Annual administration report of the Civil Veterinary Department of India - 1896-1897
Year: 1896
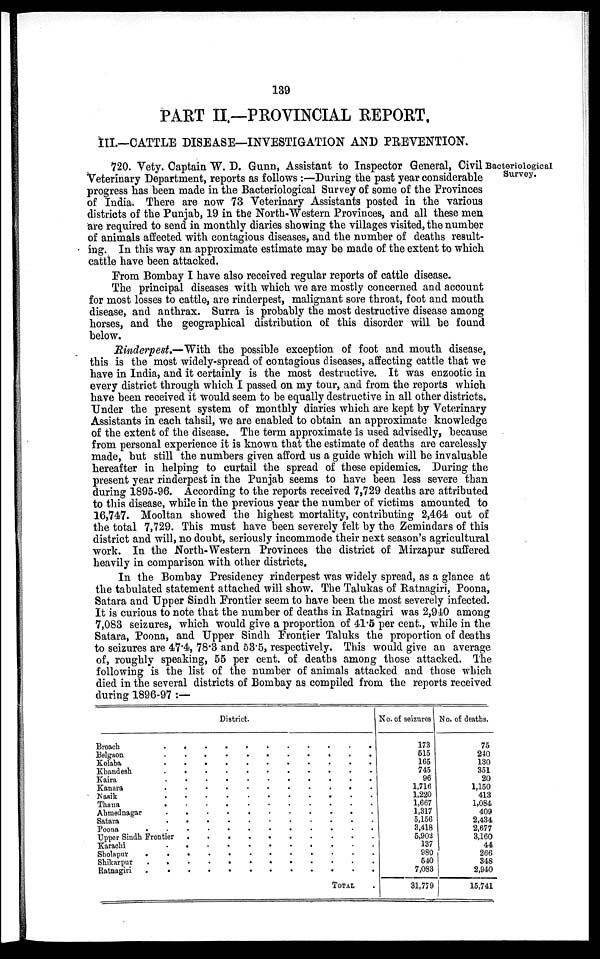
139
PART II.—PROVINCIAL REPORT.
III.—CATTLE DISEASE—INVESTIGATION AND PREVENTION.
Bacteriological
Survey.
720. Vety. Captain W. D. Gunn, Assistant to Inspector General, Civil
Veterinary Department, reports as follows :—During the past year considerable
progress has been made in the Bacteriological Survey of some of the Provinces
of India. There are now 73 Veterinary Assistants posted in the various
districts of the Punjab, 19 in the North-Western Provinces, and all these men
are required to send in monthly diaries showing the villages visited, the number
of animals affected with contagious diseases, and the number of deaths result-
ing. In this way an approximate estimate may be made of the extent to which
cattle have been attacked.
From Bombay I have also received regular reports of cattle disease.
The principal diseases with which we are mostly concerned and account
for most losses to cattle, are rinderpest, malignant sore throat, foot and mouth
disease, and anthrax. Surra is probably the most destructive disease among
horses, and the geographical distribution of this disorder will be found
below.
Rinderpest.—With the possible exception of foot and mouth disease,
this is the most widely-spread of contagious diseases, affecting cattle that we
have in India, and it certainly is the most destructive. It was enzootic in
every district through which I passed on my tour, and from the reports which
have been received it would seem to be equally destructive in all other districts.
Under the present system of monthly diaries which are kept by Veterinary
Assistants in each tahsil, we are enabled to obtain an approximate knowledge
of the extent of the disease. The term approximate is used advisedly, because
from personal experience it is known that the estimate of deaths are carelessly
made, but still the numbers given afford us a guide which will be invaluable
hereafter in helping to curtail the spread of these epidemics. During the
present year rinderpest in the Punjab seems to have been less severe than
during 1895-96. According to the reports received 7,729 deaths are attributed
to this disease, while in the previous year the number of victims amounted to
16,747. Mooltan showed the highest mortality, contributing 2,464 out of
the total 7,729. This must have been severely felt by the Zemindars of this
district and will, no doubt, seriously incommode their next season's agricultural
work. In the North-Western Provinces the district of Mirzapur suffered
heavily in comparison with other districts.
In the Bombay Presidency rinderpest was widely spread, as a glance at
the tabulated statement attached will show. The Talukas of Ratnagiri, Poona,
Satara and Upper Sindh Frontier seem to have been the most severely infected.
It is curious to note that the number of deaths in Ratnagiri was 2,940 among
7,083 seizures, which would give a proportion of 41.5 per cent., while in the
Satara, Poona, and Upper Sindh Frontier Taluks the proportion of deaths
to seizures are 47.4, 78.3 and 53.5, respectively. This would give an average
of, roughly speaking, 55 per cent. of deaths among those attacked. The
following is the list of the number of animals attacked and those which
died in the several districts of Bombay as compiled from the reports received
during 1896-97 :—
Broach
.
.
.
Belgaon
.
.
.
Kolaba
.
.
.
Khandesh
.
.
.
Kaira
.
.
.
Kanara . . .
Nasik . . .
Thana . . .
Ahmednagar
.
. .
Satara . . .
Poona
.
.
.
.
Upper Sindh Frontier . .
Karachi
. . .
Sholapur
.
.
.
.
Shikarpur
.
.
.
.
Ratnagiri
.
.
.
.
District.
.
.
.
.
.
.
.
.
.
.
.
.
.
.
.
.
.
.
.
.
.
.
.
.
.
.
.
.
.
.
.
.
.
.
.
.
.
.
.
.
.
.
.
.
.
.
.
.
.
.
.
.
.
.
.
.
.
.
.
.
.
.
.
.
.
.
.
.
.
.
.
.
.
.
.
.
.
.
.
.
.
.
.
.
.
.
.
.
.
.
.
.
.
.
.
.
TOTAL
.
.
.
.
.
.
.
.
.
.
.
.
.
.
.
.
.
No. of seizures
173
515
165
745
96
1,716
1,220
1,667
1,317
5,156
3,418
5,902
137
980
540
7,083
31,779
No. of deaths.
75
240
130
351
20
1,150
413
1,084
409
2,434
2,677
3,160
44
266
348
2,940
15,741